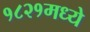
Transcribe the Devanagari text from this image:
१८२१मध्ये